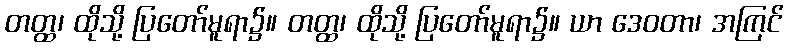
တတ္ထ၊ ထိုသို့ ပြတော်မူရာ၌။ တတ္ထ၊ ထိုသို့ ပြတော်မူရာ၌။ ယာ ဒေဝတာ၊ အကြင်